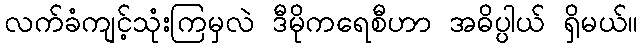
လက်ခံကျင့်သုံးကြမှလဲ ဒီမိုကရေစီဟာ အဓိပ္ပါယ် ရှိမယ်။